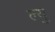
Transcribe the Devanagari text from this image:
ल्यु